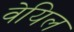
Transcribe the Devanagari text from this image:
वेयिल